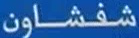
شوفشاون